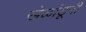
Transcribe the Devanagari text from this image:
खेळांडूनी